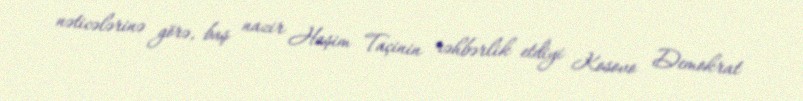
nəticələrinə görə, baş nazir Haşim Taçinin rəhbərlik etdiyi Kosovo Demokrat